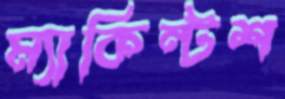
ম্যাকিন্টশ